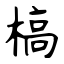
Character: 槁